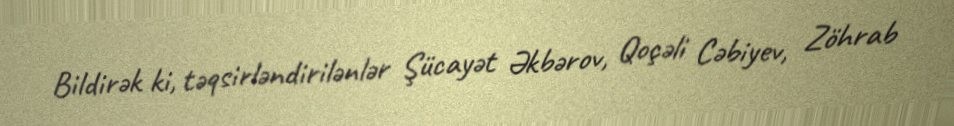
Bildirək ki, təqsirləndirilənlər Şücayət Əkbərov, Qoçəli Cəbiyev, Zöhrab